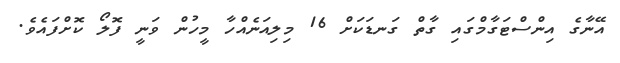
އޭނާގެ އިންސްޓަގާމްގައި ގާތް ގަނޑަކަށް 16 މިލިއަނެއްހާ މީހުން ވަނީ ފޮލޯ ކޮށްފައެވެ.